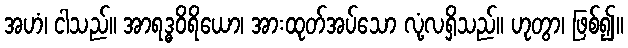
အဟံ၊ ငါသည်။ အာရဒ္ဓဝိရိယော၊ အားထုတ်အပ်သော လုံ့လရှိသည်။ ဟုတွာ၊ ဖြစ်၍။